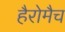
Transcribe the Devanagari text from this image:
हैरोमैच